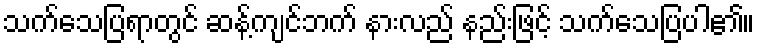
သက်သေပြရာတွင် ဆန့်ကျင်ဘက် နားလည် နည်းဖြင့် သက်သေပြပါ၏။